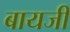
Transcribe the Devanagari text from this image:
बायजी